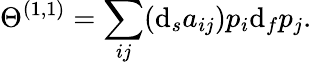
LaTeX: \Theta^{(1,1)}=\sum_{ij}(\mathrm{d}_{s}a_{ij})p_{i}\mathrm{d}_{f}p_{j}.